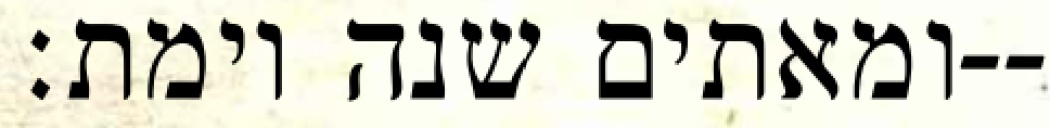
ומאתים שנה וימת׃--